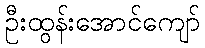
ဦးထွန်းအောင်ကျော်